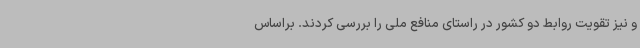
و نیز تقویت روابط دو کشور در راستای منافع ملی را بررسی کردند. براساس